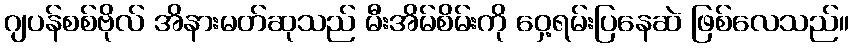
ဂျပန်စစ်ဗိုလ် အိနားမတ်ဆုသည် မီးအိမ်စိမ်းကို ဝှေ့ရမ်းပြနေဆဲ ဖြစ်လေသည်။